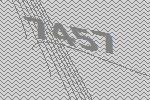
7457